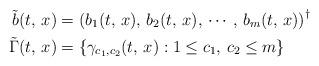
LaTeX: \begin{align*}\tilde{b}(t,\,x) & =\left(b_{1}(t,\,x),\,b_{2}(t,\,x),\,\cdots,\,b_{m}(t,\,x)\right)^{\dagger}\\\tilde{\Gamma}(t,\,x) & =\left\{ \gamma_{c_{1},c_{2}}(t,\,x):1\le c_{1},\,c_{2}\le m\right\} \end{align*}